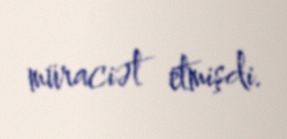
müraciət etmişdi.